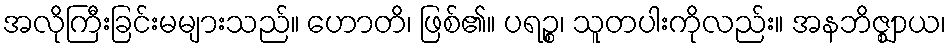
အလိုကြီးခြင်းမများသည်။ ဟောတိ၊ ဖြစ်၏။ ပရဉ္စ၊ သူတပါးကိုလည်း။ အနဘိဇ္ဈာယ၊